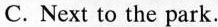
C. Next to the park.